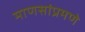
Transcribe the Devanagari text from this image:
माणसांप्रमणे